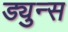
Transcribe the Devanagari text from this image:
ड्युन्स